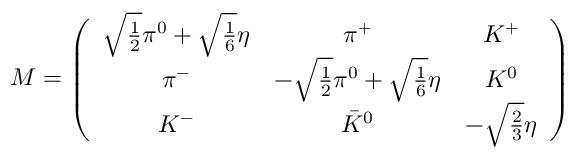
{ M } = \left( \begin{array} { c c c } { { \sqrt { \frac { 1 } { 2 } } \pi ^ { 0 } + \sqrt { \frac { 1 } { 6 } } \eta } } & { { \pi ^ { + } } } & { { K ^ { + } \nonumber } } \\ { { \pi ^ { - } } } & { { - \sqrt { \frac { 1 } { 2 } } \pi ^ { 0 } + \sqrt { \frac { 1 } { 6 } } \eta } } & { { K ^ { 0 } } } \\ { { K ^ { - } } } & { { { \bar { K } } ^ { 0 } } } & { { - \sqrt { \frac { 2 } { 3 } } \eta } } \end{array} \right)